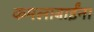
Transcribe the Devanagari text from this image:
कमलाबाईंना